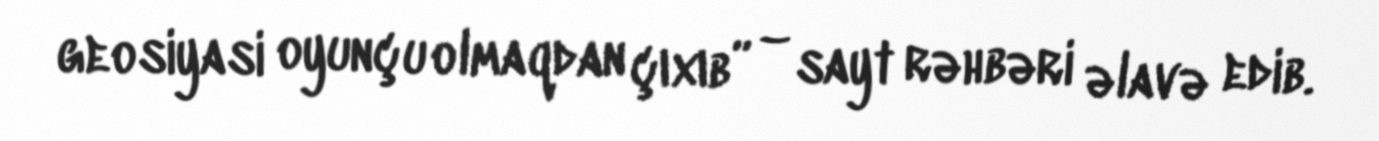
geosiyasi oyunçu olmaqdan çıxıb” – sayt rəhbəri əlavə edib.